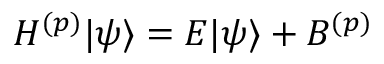
\begin{array} { r } { H ^ { ( p ) } | \psi \rangle = E | \psi \rangle + B ^ { ( p ) } } \end{array}